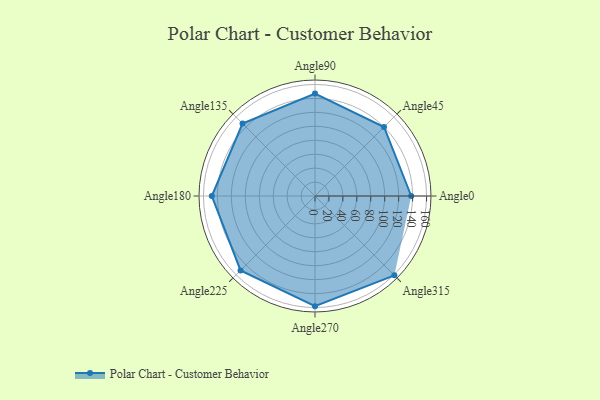
{"axis": {"x": "Angle", "y": "Radius"}, "legend": [""], "data": [{"x": "Angle0", "y": 138.0, "type": ""}, {"x": "Angle45", "y": 140.0, "type": ""}, {"x": "Angle90", "y": 147.0, "type": ""}, {"x": "Angle135", "y": 147.0, "type": ""}, {"x": "Angle180", "y": 148.0, "type": ""}, {"x": "Angle225", "y": 151.0, "type": ""}, {"x": "Angle270", "y": 158.0, "type": ""}, {"x": "Angle315", "y": 161.0, "type": ""}]}